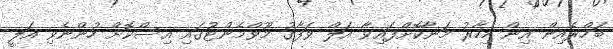
ބަހްރެއިން އިން މިހާރު މަނާކޮށްފައިވާ އަލް ވަފާގު މޫވްމެންޓުގައި އިސްކޮށް ހުންނެވި އަލީ